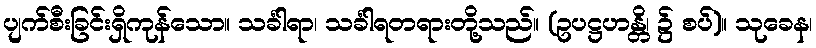
ပျက်စီးခြင်းရှိကုန်သော။ သင်္ခါရာ၊ သင်္ခါရတရားတို့သည်။ (ဥပဋ္ဌဟန္တိ၊ ၌ စပ်)။ သုခေန၊